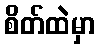
စိတ်ထဲမှာ